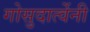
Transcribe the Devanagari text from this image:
गोसुदार्त्वेनी